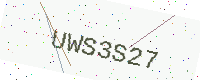
Text: UWS3S27